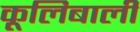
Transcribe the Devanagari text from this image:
कूलिबाली